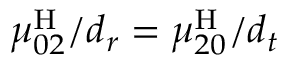
\mu _ { 0 2 } ^ { \mathrm { H } } / { d _ { r } } = \mu _ { 2 0 } ^ { \mathrm { H } } / { d _ { t } }